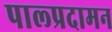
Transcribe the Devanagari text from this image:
पाल्प्रदामन